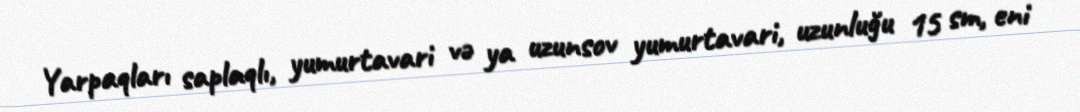
Yarpaqları saplaqlı, yumurtavari və ya uzunsov yumurtavari, uzunluğu 15 sm, eni